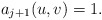
\begin{align*}a_{j+1}(u,v)=1.\end{align*}